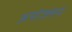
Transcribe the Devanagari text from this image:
अयोज्लन